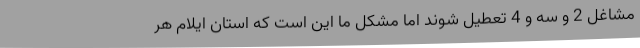
مشاغل 2 و سه و 4 تعطیل شوند اما مشکل ما این است که استان ایلام هر